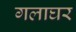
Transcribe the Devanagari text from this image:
गलाघर